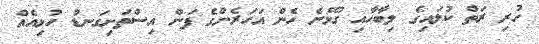
ހުރި ރަތް ކުލައިގެ ލިބާހާއި ގުޅޭނެ ހެން އަހަރެންގެ ފަން އިސްތަށިގަނޑު ހުޅިއެއް